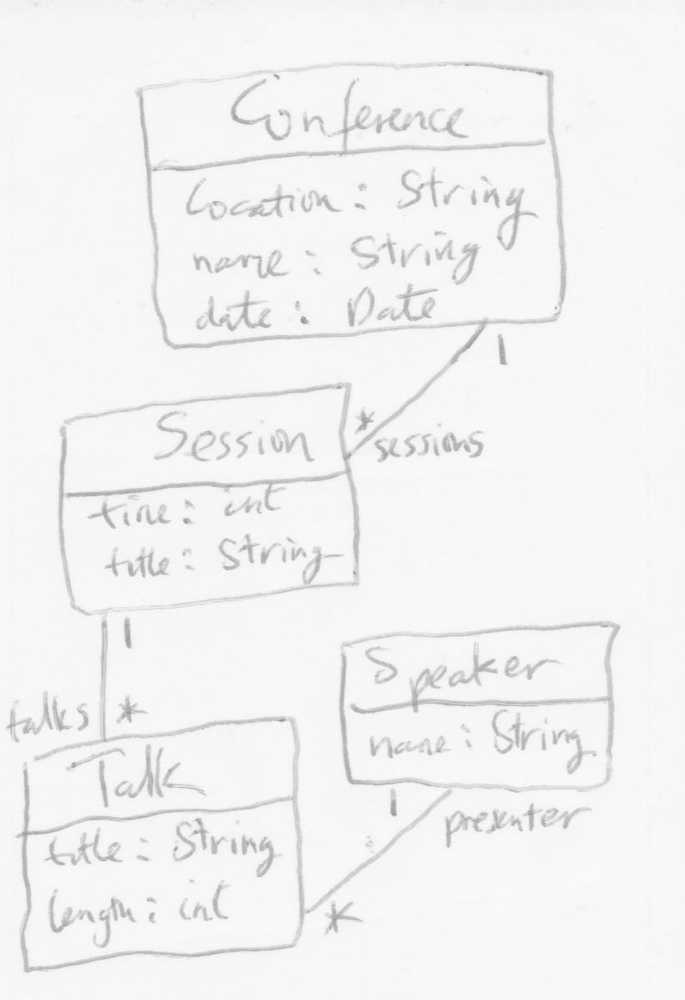
Diagram type: class_diagram
```plantuml
@startuml

class Conference {
  locaton: String
  name: String
  date: Date
}

class Session {
  time: int
  title: String
}

class Talk {
  title: String
  length: int
}

class Speaker {
  name: String
}

Conference "1" -- "sessions *"  Session

Session "1" -- "talks *" Talk

Talk "*" -- "presenter 1" Speaker

@enduml
```